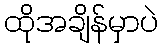
ထိုအချိန်မှာပဲ